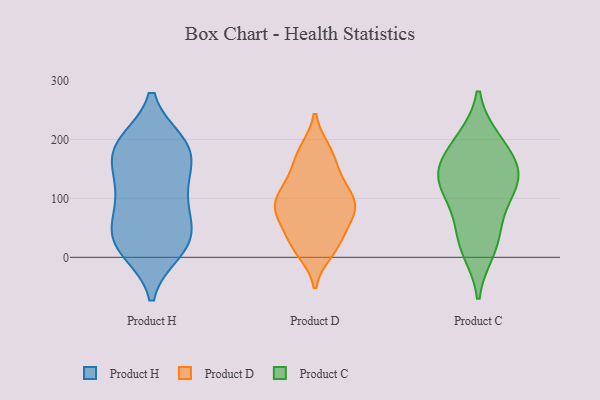
{"axis": {"x": "Tickets Resolved", "y": "Value"}, "legend": ["Product C", "Product D", "Product H"], "data": [{"x": "", "y": 174, "type": "Product H"}, {"x": "", "y": 48, "type": "Product H"}, {"x": "", "y": 70, "type": "Product H"}, {"x": "", "y": 149, "type": "Product H"}, {"x": "", "y": 192, "type": "Product H"}, {"x": "", "y": 151, "type": "Product H"}, {"x": "", "y": 11, "type": "Product H"}, {"x": "", "y": 21, "type": "Product H"}, {"x": "", "y": 190, "type": "Product H"}, {"x": "", "y": 195, "type": "Product H"}, {"x": "", "y": 193, "type": "Product H"}, {"x": "", "y": 89, "type": "Product H"}, {"x": "", "y": 41, "type": "Product H"}, {"x": "", "y": 15, "type": "Product H"}, {"x": "", "y": 112, "type": "Product H"}, {"x": "", "y": 27, "type": "Product H"}, {"x": "", "y": 112, "type": "Product H"}, {"x": "", "y": 39, "type": "Product D"}, {"x": "", "y": 20, "type": "Product D"}, {"x": "", "y": 180, "type": "Product D"}, {"x": "", "y": 78, "type": "Product D"}, {"x": "", "y": 31, "type": "Product D"}, {"x": "", "y": 85, "type": "Product D"}, {"x": "", "y": 110, "type": "Product D"}, {"x": "", "y": 96, "type": "Product D"}, {"x": "", "y": 64, "type": "Product D"}, {"x": "", "y": 99, "type": "Product D"}, {"x": "", "y": 147, "type": "Product D"}, {"x": "", "y": 181, "type": "Product D"}, {"x": "", "y": 74, "type": "Product D"}, {"x": "", "y": 91, "type": "Product D"}, {"x": "", "y": 77, "type": "Product D"}, {"x": "", "y": 14, "type": "Product D"}, {"x": "", "y": 135, "type": "Product D"}, {"x": "", "y": 173, "type": "Product D"}, {"x": "", "y": 10, "type": "Product D"}, {"x": "", "y": 122, "type": "Product D"}, {"x": "", "y": 150, "type": "Product C"}, {"x": "", "y": 163, "type": "Product C"}, {"x": "", "y": 52, "type": "Product C"}, {"x": "", "y": 135, "type": "Product C"}, {"x": "", "y": 21, "type": "Product C"}, {"x": "", "y": 124, "type": "Product C"}, {"x": "", "y": 83, "type": "Product C"}, {"x": "", "y": 200, "type": "Product C"}, {"x": "", "y": 200, "type": "Product C"}, {"x": "", "y": 115, "type": "Product C"}, {"x": "", "y": 11, "type": "Product C"}, {"x": "", "y": 143, "type": "Product C"}]}